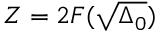
Z = 2 F ( \sqrt { \Delta _ { 0 } } )